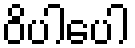
ဝိပါပေါ